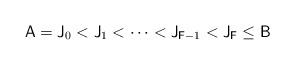
LaTeX: \begin{align*}\mathsf{A}=\mathsf{J}_0<\mathsf{J}_1<\dots<\mathsf{J}_{\mathsf{F}-1}<\mathsf{J}_{\mathsf{F}}\leq \mathsf{B}\end{align*}